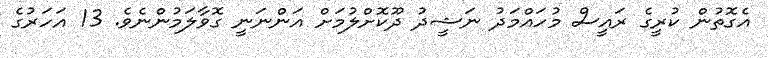
އެގޮތުން ކުރީގެ ރައީސް މުހައްމަދު ނަޝީދު ދޫކޮށްލުމަށް އަންނަނީ ގޮވާލަމުންނެވެ. 13 އަހަރުގެ